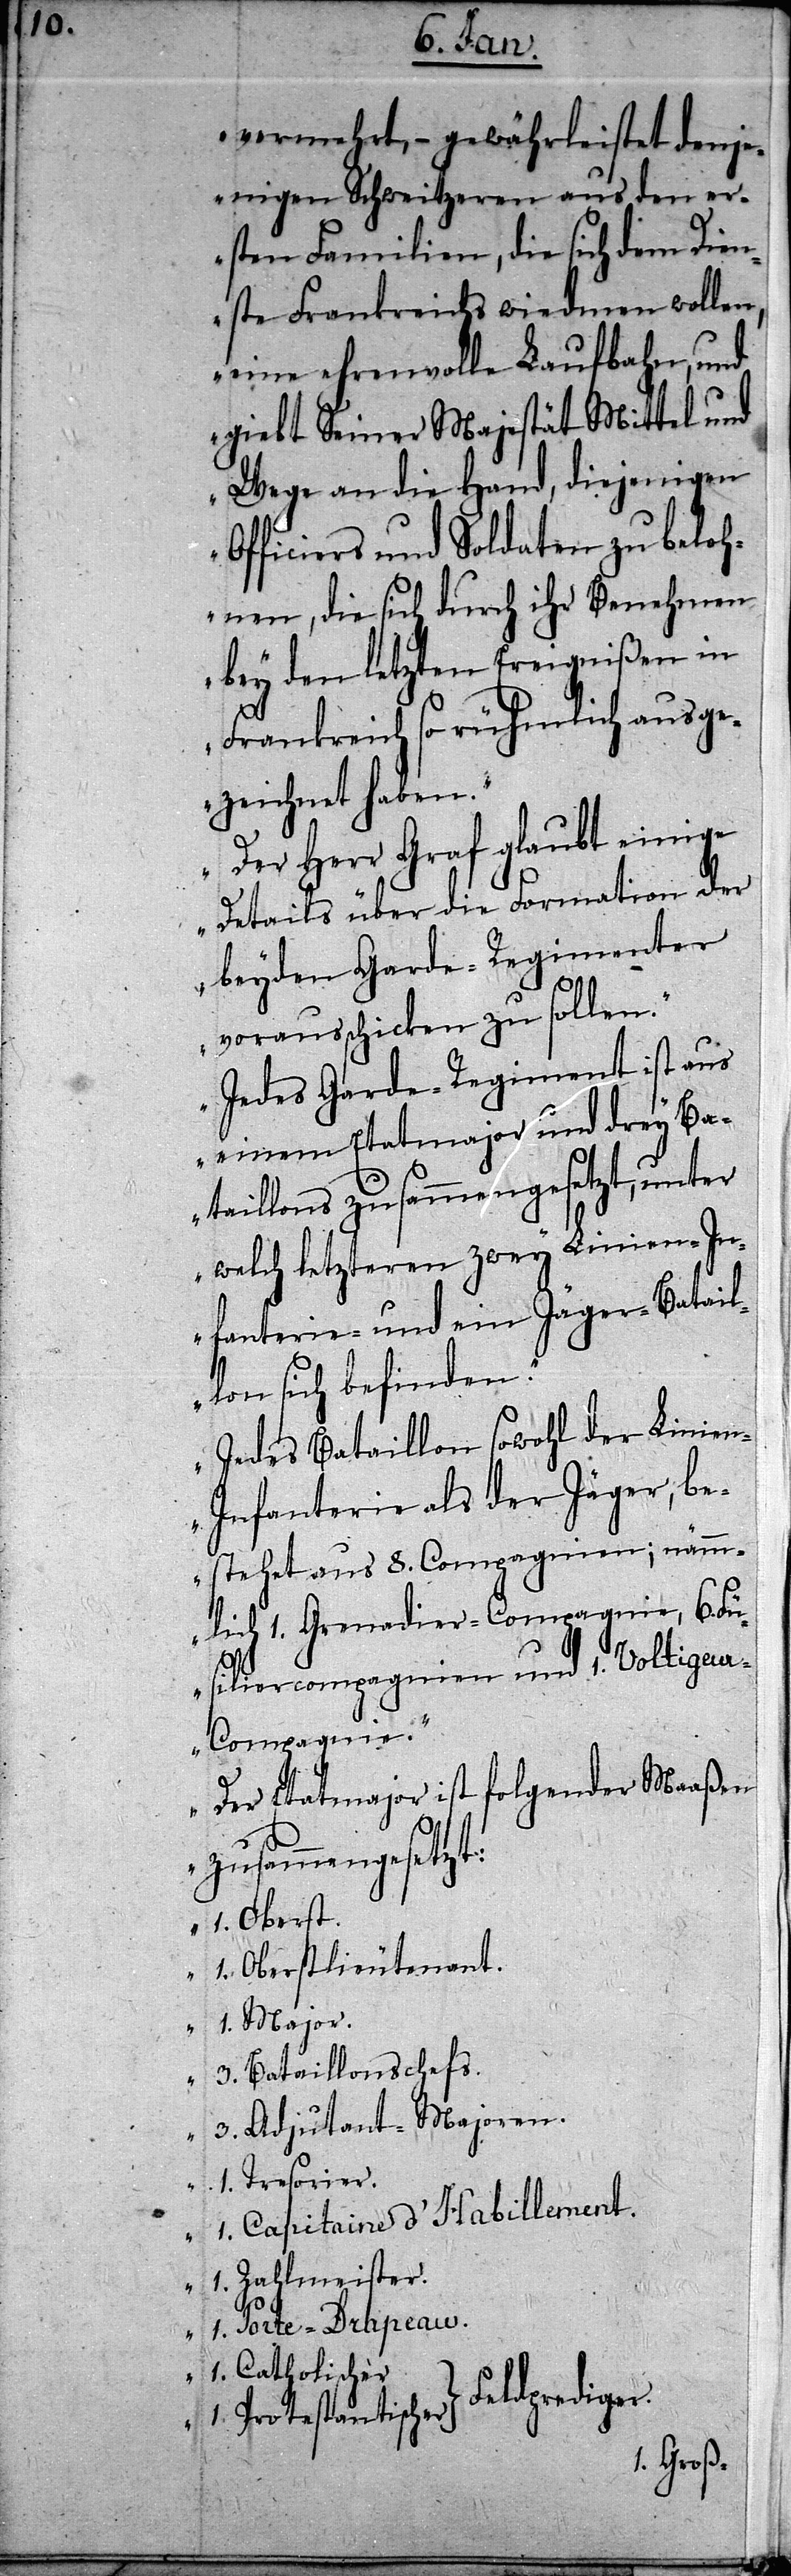
vermehrt, – gewährleistet denje¬
nigen Schweitzeren aus den er¬
sten Familien, die sich dem Dien¬
ste Frankreichs wiedmen wollen,
eine ehrenvolle Laufbahn, und
giebt Seiner Majestät Mittel und
Wege an die Hand, diejenigen
Officiers und Soldaten zu beloh¬
nen, die sich durch ihr Benehmen
bey den letzten Ereignißen in
Frankreich so rühmlich ausge¬
zeichnet haben.“
„Der Herr Graf glaubt einige
Details über die Formation der
beyden Garde-Regimenter
vorausschicken zu sollen.“
„Jedes Garde-Regiment ist aus
einem Etatmajor und drey Ba¬
taillons zusammengesetzt, unter
welch letzteren zwey Linien-In¬
fanterie- und ein Jäger-Batail¬
lon sich befinden.“
„Jedes Bataillon sowohl der Linie¬
n-Infanterie als der Jäger, be¬
stehet aus 8. Compagnien; nämm¬
lich 1. Grenadier-Compagnie, 6. Fü¬
siliercompagnien und 1. Voltigeu¬
r-Compagnie.“
„Der Etatmajor ist folgender Maaßen
zusammengesetzt:
1. Oberst.
1. Oberstlieutenant.
1. Major.
3. Bataillonschefs.
3. Adjutant-Majoren.
1. Tresorier.
1. Capitaine d’ Habillement.
1. Zahlmeister.
1. Porte-Drapeau.
1. Catholischer
Feldprediger
1. Protestantischer